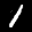
Label: 1